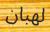
لھبان